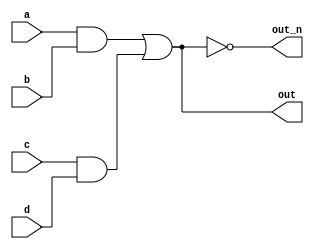
`default_nettype none
module top_module(
    input a,
    input b,
    input c,
    input d,
    output out,
    output out_n   ); 
wire x,y;
    assign x= a&b;
    assign y= c&d;
    assign out = x|y;
    assign out_n= !(x|y);
endmodule